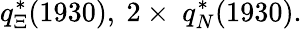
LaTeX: q_{\Xi}^{\ast}(1930)\mathrm{,~2}\times\mathrm{~}q_{N}^{\ast}(1930)\mathrm{.}